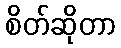
စိတ်ဆိုတာ